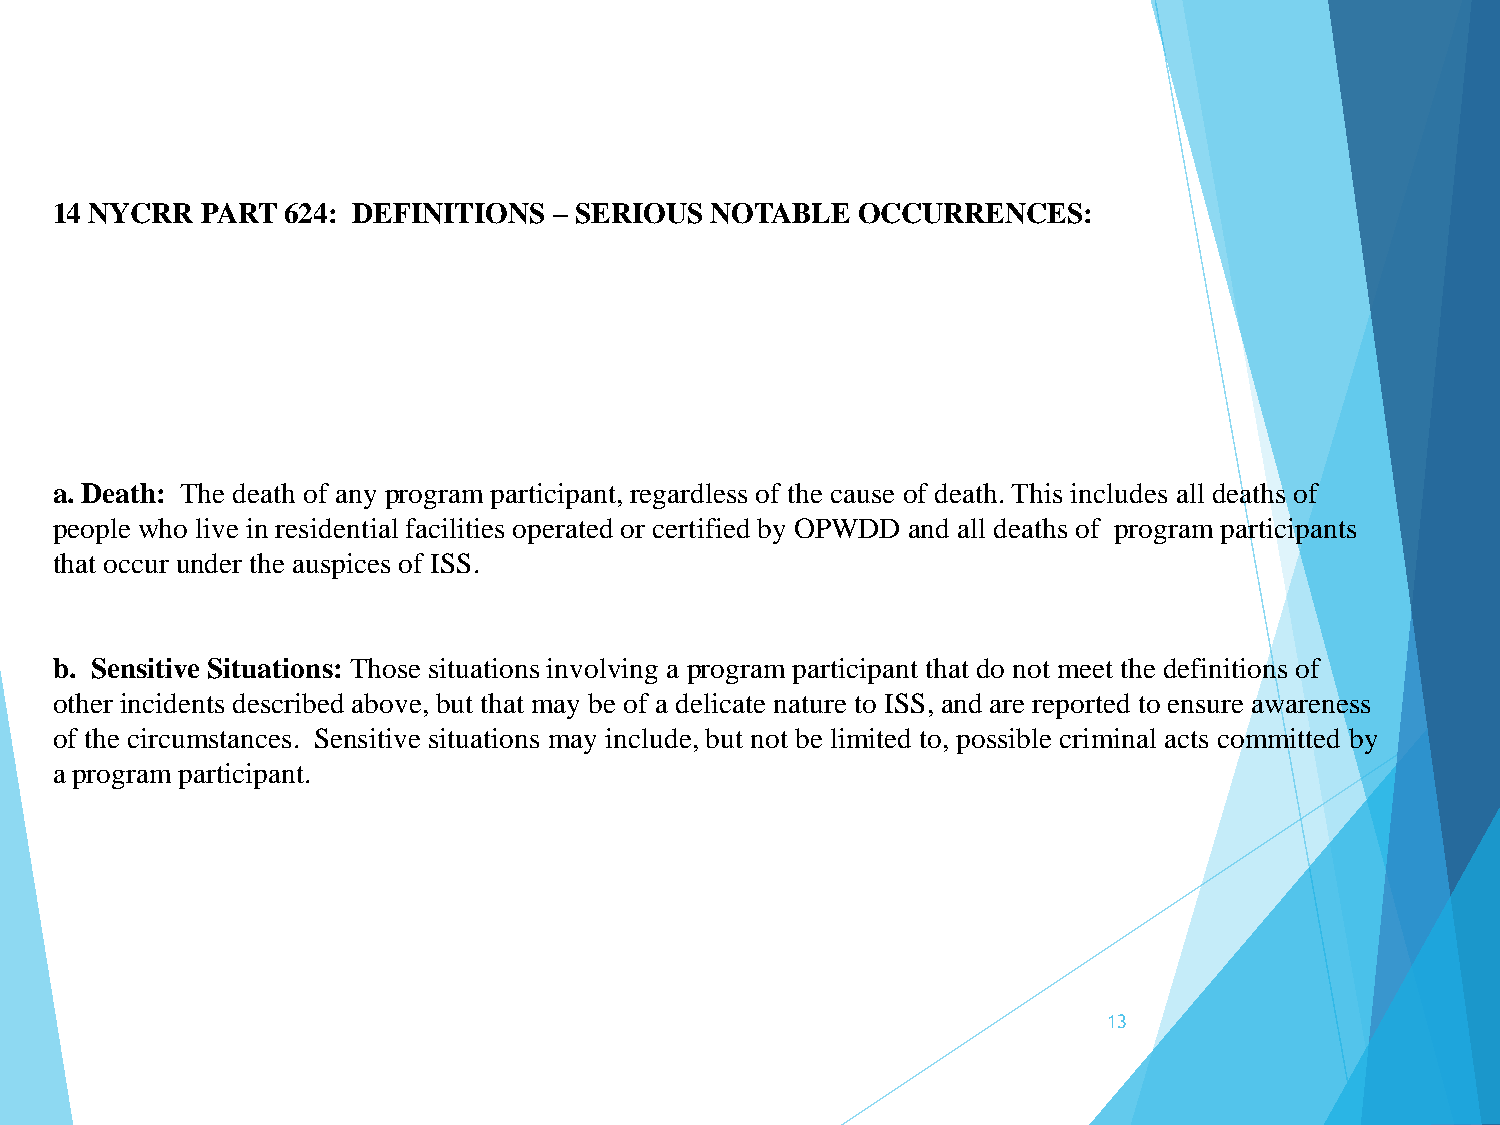
14 NYCRR  PART  624: DEFINITIONS  – SERIOUS NOTABLE   OCCURRENCES:
 a. Death: The death of any program participant, regardless of the cause of death. This includes all deaths of
 people who live in residential facilities operated or certified by OPWDD and all deaths of program participants
 that occur under the auspices of ISS.
 b. Sensitive Situations: Those situations involving a program participant that do not meet the definitions of
 other incidents described above, but that may be of a delicate nature to ISS, and are reported to ensure awareness
 of the circumstances. Sensitive situations may include, but not be limited to, possible criminal acts committed by
 a program participant.
 13